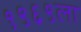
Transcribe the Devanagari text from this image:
१९६९ला